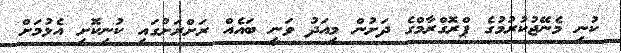
ކުނި މެނޭޖުކުރުމުގެ ޕްރޮގްރާމްގެ ދަށުން މިއަދު ވަނީ ބައެއް ރަށްރަށުގައި ކުނިކޮށި އެޅުމަށް